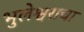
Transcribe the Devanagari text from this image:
भुलेश्वराचा